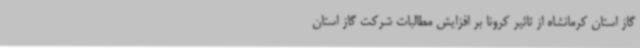
گاز استان کرمانشاه از تاثیر کرونا بر افزایش مطالبات شرکت گاز استان